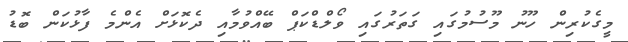
މީގެކުރިން ހޫނު މޫސުމުގައި ގަތަރުގައި ވޯލްޑްކަޕް ބޭއްވުމާއި ދެކޮޅަށް އެންމެ ފާޅުކަން ބޮޑު